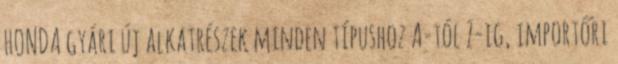
HONDA gyári új alkatrészek minden típushoz A-tól Z-ig, importőri